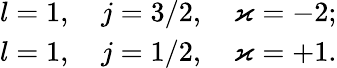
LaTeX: \begin{array}{r}{l=1,\quad j=3/2,\quad\varkappa=-2;}\\ {l=1,\quad j=1/2,\quad\varkappa=+1.}\end{array}